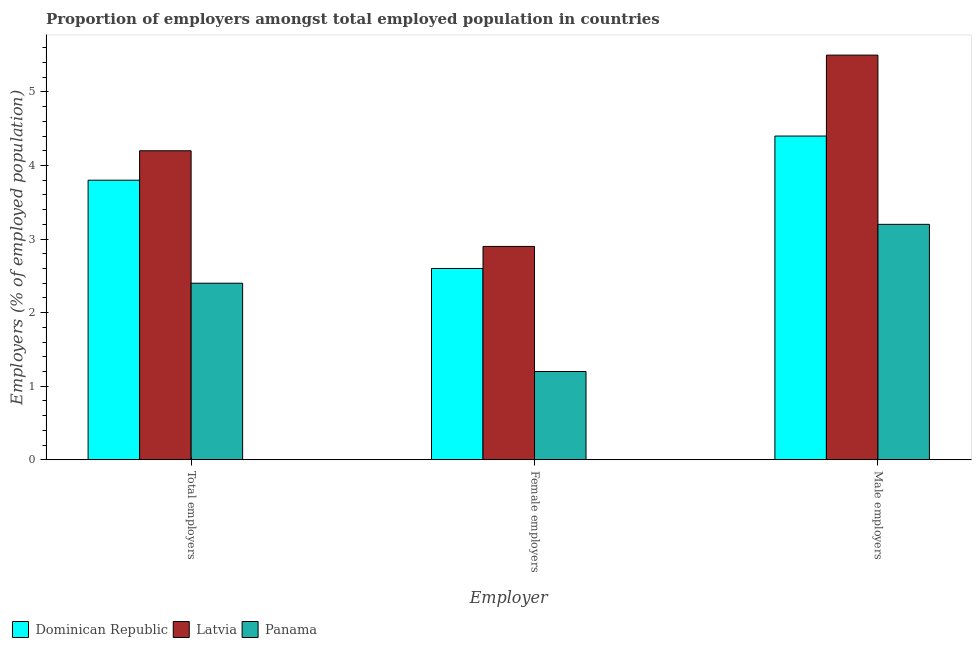
| Employer | Dominican Republic | Latvia | Panama |
 | --- | --- | --- | --- |
 | Total employers | 3.8 | 4.2 | 2.4 |
 | Female employers | 2.6 | 2.9 | 1.2 |
 | Male employers | 4.4 | 5.5 | 3.2 |